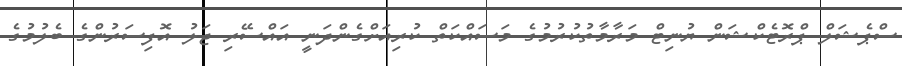
ސްޕެޝަލް ޕްރޮޓެކްޝަން ޔުނިޓް މަރާމާތުކުރުމުގެ މަސައްކަތް ކުރިއަށްގެންދަނީ އައްސޭރި ޖަލު އޮފިސަރުންގެ ބެލުމުގެ